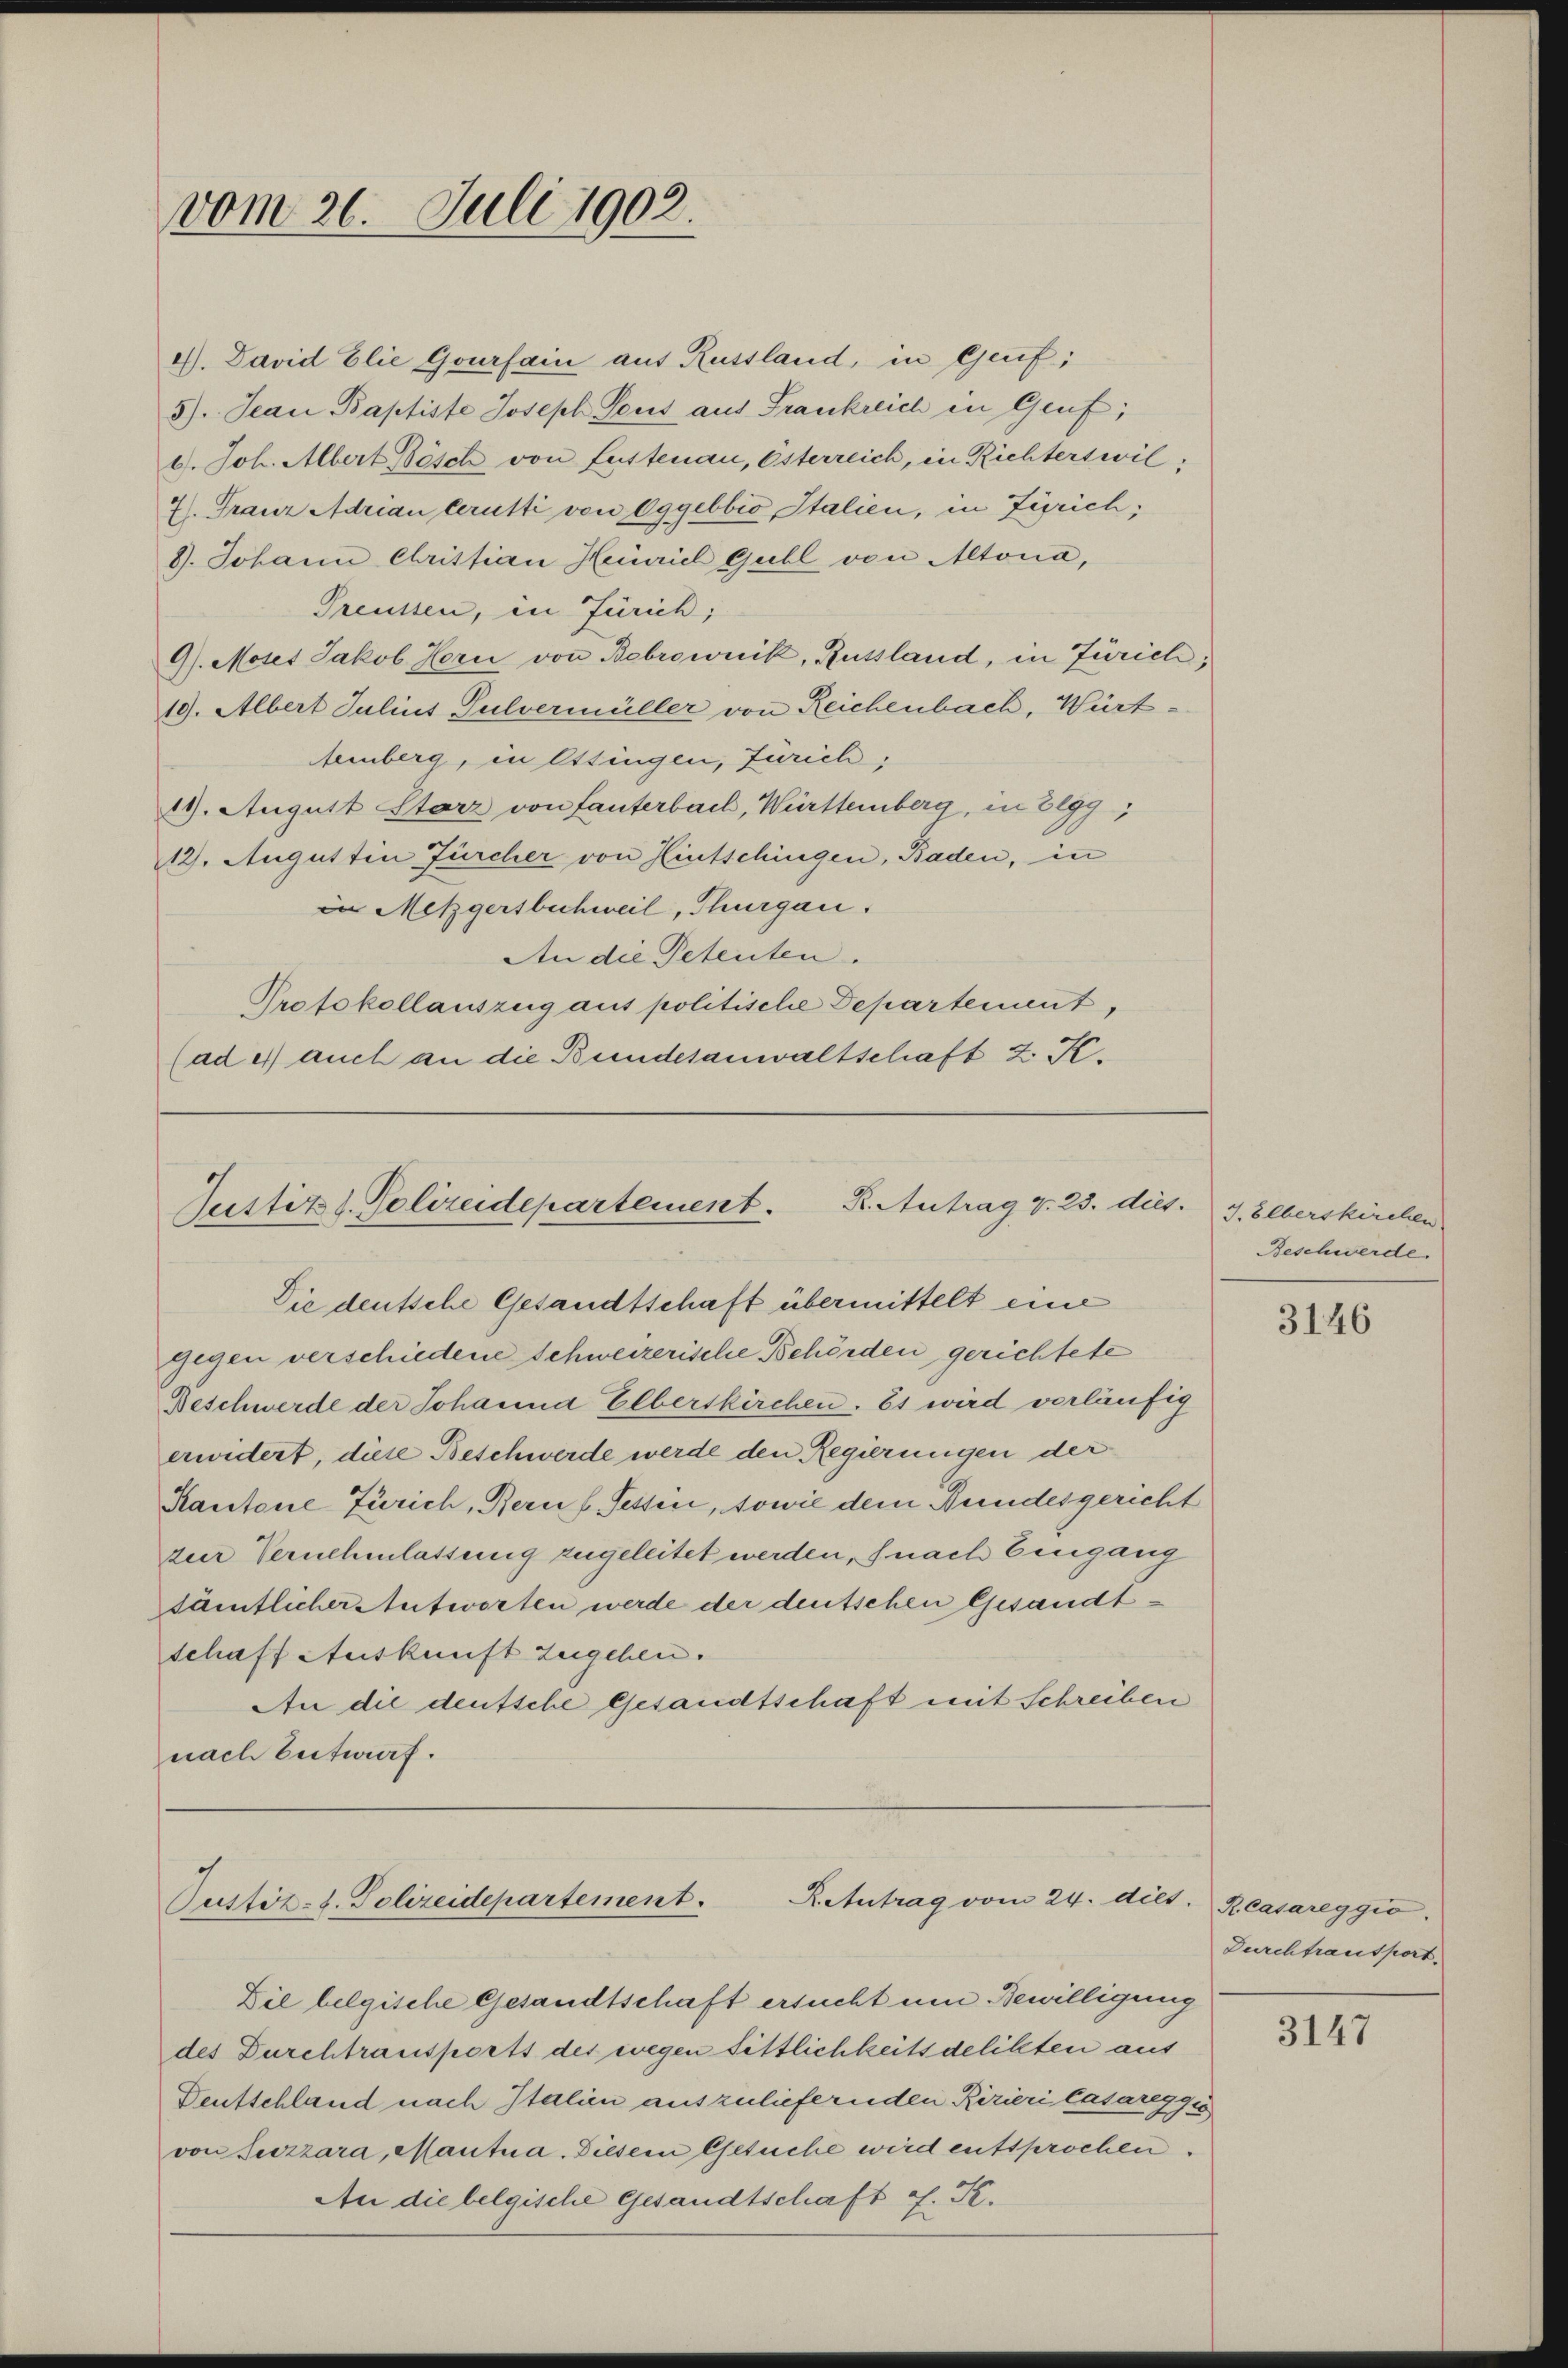
vom 26. Juli 1902.

4). David Elie Gourfain auf Russland, in Genf;
5). Jean Baptiste Joseph Seus aus Frankreich in Genf;
9. Joh. Albert Bösch von Lustenau, Esterreich, in Richterswil;
7). Frauz Adrian lerutti von Eggebbio Italien, in Zürich,
8). Johann Christian Heinriel Guhl von Altonia,
Preussen, in Zürich;
9). Moses Jakob Horn von Bebrownik, Russland, in Zürich,
19. Albert Julius Pulvermüller von Reichenbach, Würtemberg, in Ettingen, Zürich,
19. August Starz von Tanterbach, Württemberg, in Elgg,
12. Augustin Fürcher von Hintschingen, Baden, in
in Metzgersbachweil, Thurgau.
An die Petenten.
Protokollauszug aus politische Departement,
(ad 4 auch an die Bundesanwaltschaft 2 K.

Justitz d. Polizeidepartement. R. Antrag v. 23. dies. J. Elberskirchen
Die deutsche Gesandtschaft übermittelt eine

gegen verschiedene Schweizerische Behörden gerichtete
Beschwerde der Johanna Elberskirchen. Es wird verläufig
erwidert, diese Beschwerde werde den Regierungen der
Kantone Zürich, Bern f Tessin, sowie dem Bundesgericht
zur Vernehmlassung zugeleitet werden, s nach Eingang
sämtlicher Antworten werde der deutschen Gesandtschaft Auskunft zugehen.
An die deutsche Gesandtschaft mit Schreiben
nach Entwurf.

Justiz-S. Polizeidepartement.
K.Antrag vom 24. dict. Rcasareggio.

Die belgische Gesandtschaft ersucht um Bewilligung
des Durchtransports des wegen Sittlichkeitsdelikten aus
Dentschland nach Italien auszuliefernden Ririeri Casareggis
von Seezzara, Mantna. Diesem Gesuche wird entsprochen.
An die belgische Gesandtschaft G. K.

Beschwerde.

3146

Durchtransport.

3147